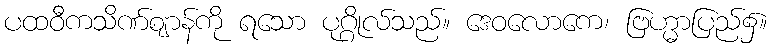
ပထဝီကသိဏ်ဈာန်ကို ရသော ပုဂ္ဂိုလ်သည်။ ဒေဝလောကေ၊ ဗြဟ္မာပြည်၌။